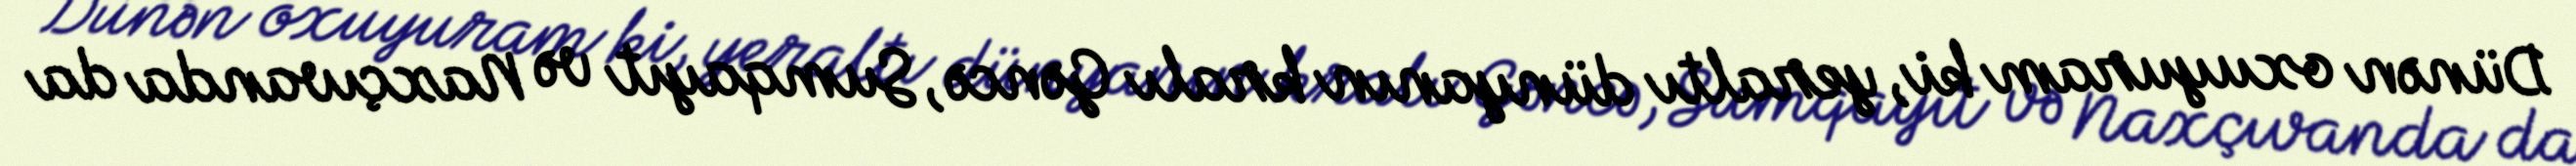
Dünən oxuyuram ki, yeraltı dünyanın kralı Gəncə, Sumqayıt və Naxçıvanda da